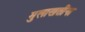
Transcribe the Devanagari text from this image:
मुलाखतींना